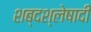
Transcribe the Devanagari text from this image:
शब्दश्लेषादी